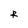
Character: R